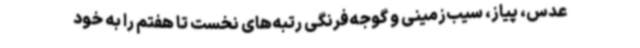
عدس، پیاز، سیب‌زمینی و گوجه‌فرنگی رتبه‌های نخست تا هفتم را به خود